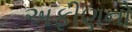
અફીણનો